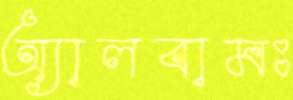
অ্যালবামঃ